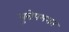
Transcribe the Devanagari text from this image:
युरोपभरात